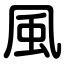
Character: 風